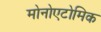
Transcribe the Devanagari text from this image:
मोनोएटोमिक